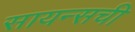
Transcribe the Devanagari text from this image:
सायन्सची